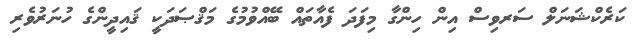
ކަރެކްޝަނަލް ސަރވިސް އިން ހިންގާ މިފަދަ ފެއާތައް ބޭއްވުމުގެ މަޤްޞަދަކީ ޤައިދީންގެ ހުނަރުވެރި